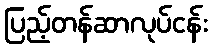
ပြည့်တန်ဆာလုပ်ငန်း